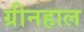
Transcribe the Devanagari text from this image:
ग्रीनहाल